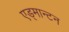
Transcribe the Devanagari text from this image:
एड्मान्टन